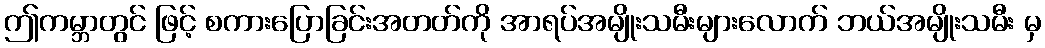
ဤကမ္ဘာတွင် ဖြင့် စကားပြောခြင်းအတတ်ကို အာရပ်အမျိုးသမီးများလောက် ဘယ်အမျိုးသမီး မှ